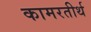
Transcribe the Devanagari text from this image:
कामरतीर्थ